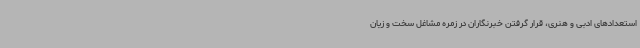
استعدادهای ادبی و هنری، قرار گرفتن خبرنگاران در زمره مشاغل سخت و زیان